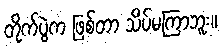
တိုက်ပွဲက ဖြစ်တာ သိပ်မကြာဘူး။